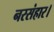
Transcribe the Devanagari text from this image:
नरसंहार।